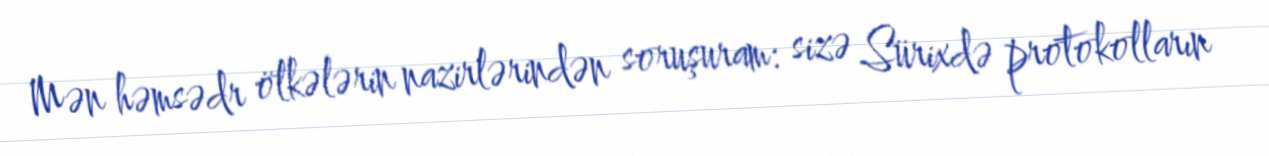
Mən həmsədr ölkələrin nazirlərindən soruşuram: sizə Sürixdə protokolların